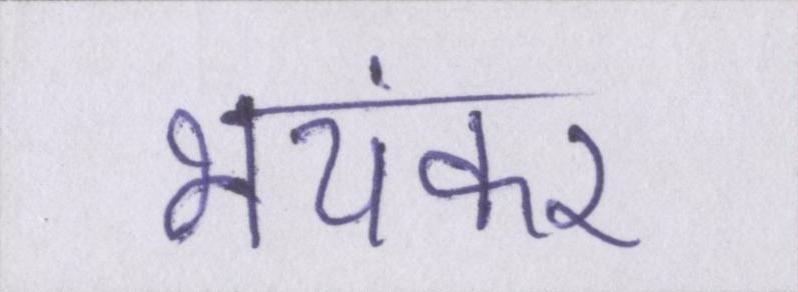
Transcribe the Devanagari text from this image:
भयंकर